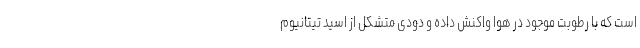
است که با رطوبت موجود در هوا واکنش داده و دودی متشکل از اسید تیتانیوم